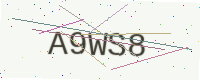
Text: A9WS8